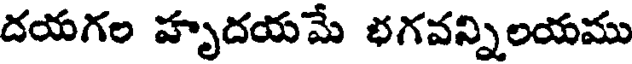
దయగల హృదయమే భగవన్నిలయము